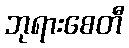
ဘုရားစေတီ